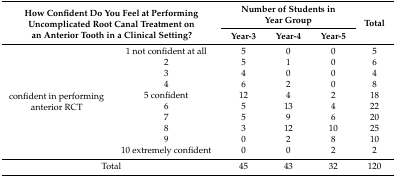
| <ROWSPAN=2-COLSPAN=2> How Confident Do You Feel at Performing Uncomplicated Root Canal Treatment on an Anterior Tooth in a Clinical Setting? | <COLSPAN=3> Number of Students in Year Group | <ROWSPAN=2> Total |
 | Year-3 | Year-4 | Year-5 |
 | --- | --- | --- | --- | --- | --- |
 | <ROWSPAN=10> confident in performing anterior RCT | 1 not confident at all | 5 | 0 | 0 | 5 |
 | 2 | 5 | 1 | 0 | 6 |
 | 3 | 4 | 0 | 0 | 4 |
 | 4 | 6 | 2 | 0 | 8 |
 | 5 confident | 12 | 4 | 2 | 18 |
 | 6 | 5 | 13 | 4 | 22 |
 | 7 | 5 | 9 | 6 | 20 |
 | 8 | 3 | 12 | 10 | 25 |
 | 9 | 0 | 2 | 8 | 10 |
 | 10 extremely confident | 0 | 0 | 2 | 2 |
 | <COLSPAN=2> Total | 45 | 43 | 32 | 120 |